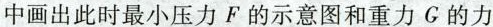
中画出此时最小压力F的示意图和重力G的力